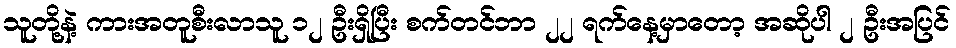
သူတို့နဲ့ ကားအတူစီးလာသူ ၁၂ ဦးရှိပြီး စက်တင်ဘာ ၂၂ ရက်နေ့မှာတော့ အဆိုပါ ၂ ဦးအပြင်